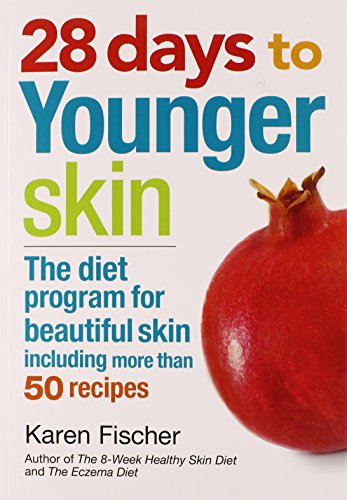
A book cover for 28 Days to Younger Skin: The Diet Program for Beautiful Skin; Karen Fischer; Health, Fitness & Dieting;